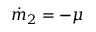
\dot { m } _ { 2 } = - \mu